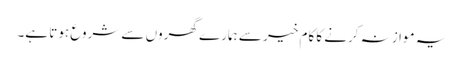
یہ موازنہ کرنے کا کام خیر سے ہمارے گھروں سے شروع ہوتا ہے۔